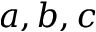
a , b , c